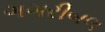
ગગરીબલ